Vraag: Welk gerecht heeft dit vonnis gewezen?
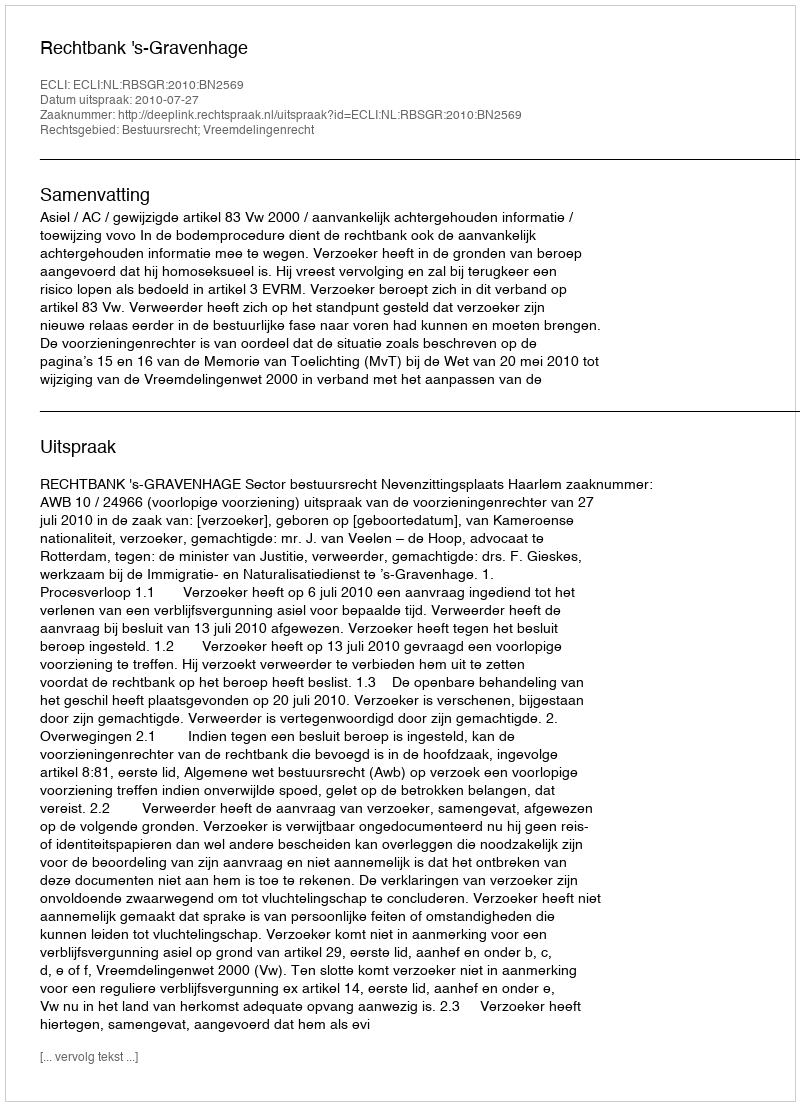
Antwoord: Rechtbank 's-Gravenhage